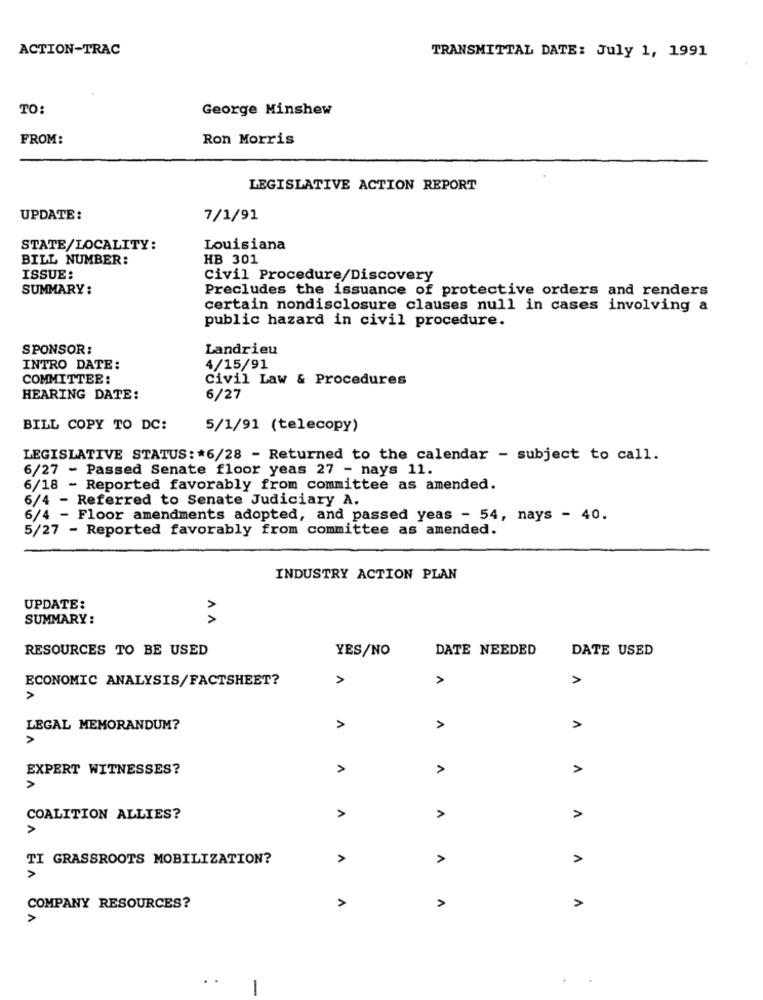
ACTION-TRAC
TRANSMITTAL DATE: July 1, 1991
TO:
George Minshew
FROM:
Ron Morris
LEGISLATIVE ACTION REPORT
UPDATE:
7/1/91
STATE/LOCALITY:
Louisiana
BILL NUMBER:
HB 301
ISSUE:
Civil Procedure/Discovery
SUMMARY :
Precludes the issuance of protective orders and renders
certain nondisclosure clauses null in cases involving a
public hazard in civil procedure.
SPONSOR:
Landrieu
INTRO DATE:
4/15/91
COMMITTEE:
Civil Law & Procedures
HEARING DATE:
6/27
BILL COPY TO DC:
5/1/91 (telecopy)
LEGISLATIVE STATUS: * 6/28 - Returned to the calendar - subject to call.
6/27 - Passed Senate floor yeas 27 - nays 11.
6/18 - Reported favorably from committee as amended.
6/4 - Referred to Senate Judiciary A.
6/4 - Floor amendments adopted, and passed yeas - 54, nays - 40.
5/27 - Reported favorably from committee as amended.
INDUSTRY ACTION PLAN
UPDATE:
SUMMARY:
AA
RESOURCES TO BE USED
YES/NO
DATE NEEDED
DATE USED
ECONOMIC ANALYSIS/FACTSHEET?
>
A
A
>
LEGAL MEMORANDUM?
A
A
>
A
EXPERT WITNESSES?
>
>
>
A
COALITION ALLIES?
A
>
TI GRASSROOTS MOBILIZATION?
A
>
COMPANY RESOURCES?
A
A
A
-